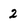
Character: 2